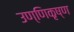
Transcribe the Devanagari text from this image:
उण्णिकृष्ण